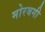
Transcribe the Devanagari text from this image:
मोरबगी